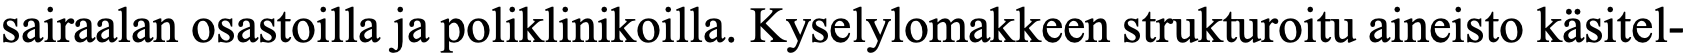
sairaalan osastoilla ja poliklinikoilla. Kyselylomakkeen strukturoitu aineisto käsitel-